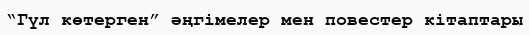
“Гүл көтерген” әңгімелер мен повестер кітаптары